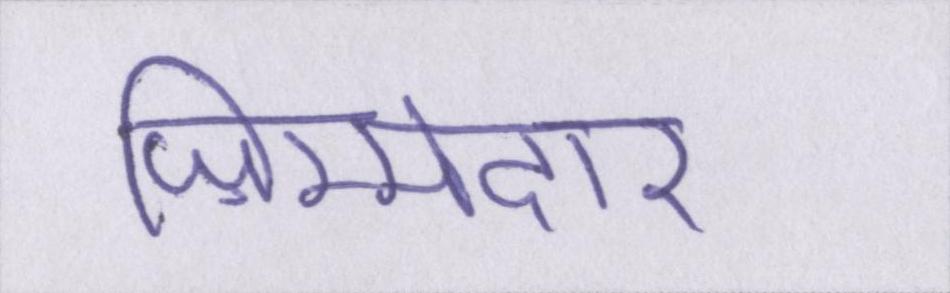
ज़िम्मेदार